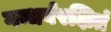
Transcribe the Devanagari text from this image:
गन्धर्वरक्षितं